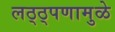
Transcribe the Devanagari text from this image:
लठ्ठ्पणामुळे